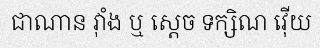
ជាណាន វ៉ាំង ឬ ស្តេច ទក្សិណ វ៉ើយ